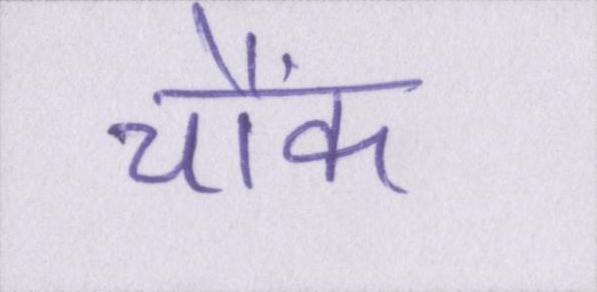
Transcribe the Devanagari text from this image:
चौंके